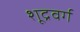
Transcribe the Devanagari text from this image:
शूद्रवर्ग